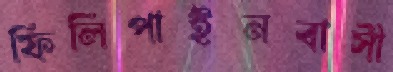
ফিলিপাইনবাসী